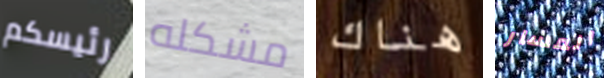
رئيسكم مشكله هناك المسار